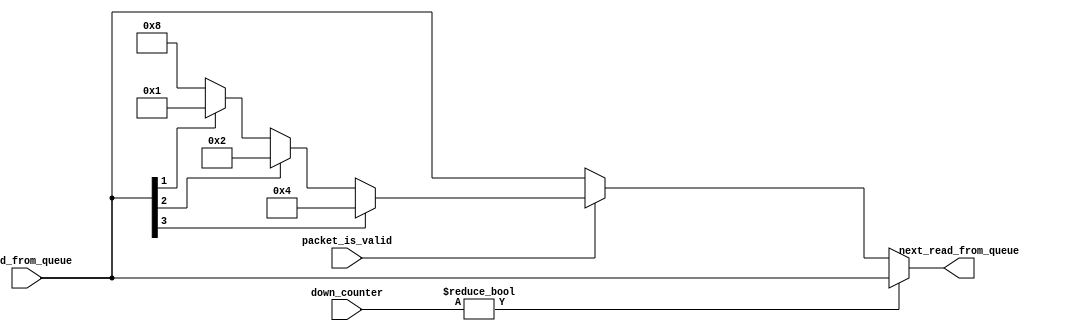
module priority_select (
    input [7:0] down_counter,
    input [1:4] read_from_queue,
    input packet_is_valid,
    output reg [1:4] next_read_from_queue
);

  

    always @(*) begin
        if(down_counter != 8'd0 )
            next_read_from_queue <= read_from_queue;
        else if(packet_is_valid == 1'b1) begin
            if(read_from_queue[1] == 1'b1)
                next_read_from_queue <= 4'b0100;
            else if(read_from_queue[2] == 1'b1)
                next_read_from_queue <= 4'b0010;
            else if(read_from_queue[3] == 1'b1)
                next_read_from_queue <= 4'b0001;
            else if(read_from_queue[4] == 1'b1)
                next_read_from_queue <= 4'b1000;
            else
                next_read_from_queue <= 4'b1000; 
        end else 
            next_read_from_queue <= read_from_queue;
    end

endmodule